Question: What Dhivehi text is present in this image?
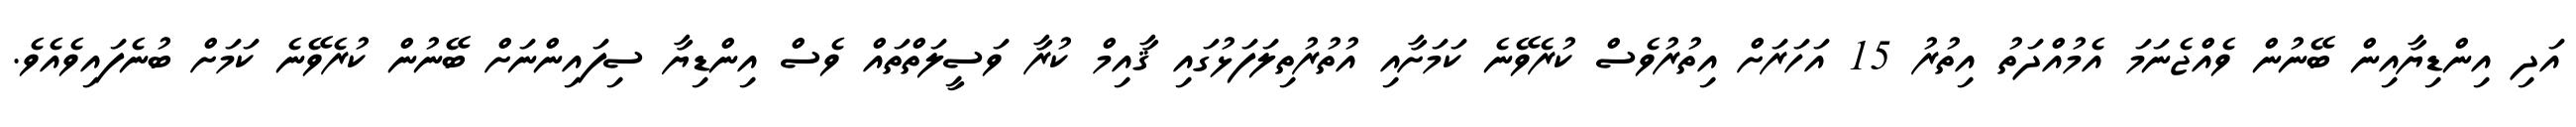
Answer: އަދި އިންޑިޔާއިން ބޭނުން ވެއްޖެނަމަ އެމުއްދަތު އިތުރު 15 އަހަރަށް އިތުރުވެސް ކުރެވޭނެ ކަމަށާއި އުތުރުތިލަފަޅުގައި ޤާއިމް ކުރާ ވަސީލަތްތައް ވެސް އިންޑިޔާ ސިފައިންނަށް ބޭނުން ކުރެވޭނެ ކަމަށް ބުނެފައިވެއެވެ.